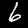
Digit: 6